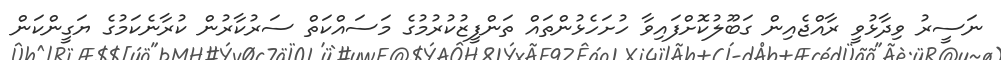
ނަސީރު ވިދާޅުވީ ރާއްޖެއިން ގަބޫލުކޮށްފައިވާ ހުށަހެޅުންތައް ތަންފީޒުކުރުމުގެ މަސައްކަތް ސަރުކާރުން ކުރާނެކަމުގެ ޔަގީންކަން